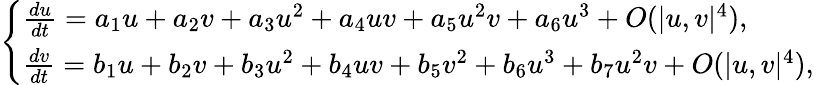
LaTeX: \left\{ \begin{array}{ll}{\frac{du}{dt}=a_{1}u+a_{2}v+a_{3}u^{2}+a_{4}uv+a_{5}u^{2}v+a_{6}u^{3}+O({|u,v|^{4}}),}\\ {\frac{dv}{dt}=b_{1}u+b_{2}v+b_{3}u^{2}+b_{4}uv+b_{5}v^{2}+b_{6}u^{3}+b_{7}u^{2}v+O({|u,v|^{4}}),}\end{array}\right.